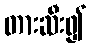
တားဆီး၍